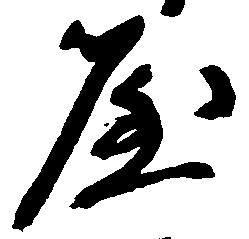
屋